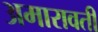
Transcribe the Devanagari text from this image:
अमारावती